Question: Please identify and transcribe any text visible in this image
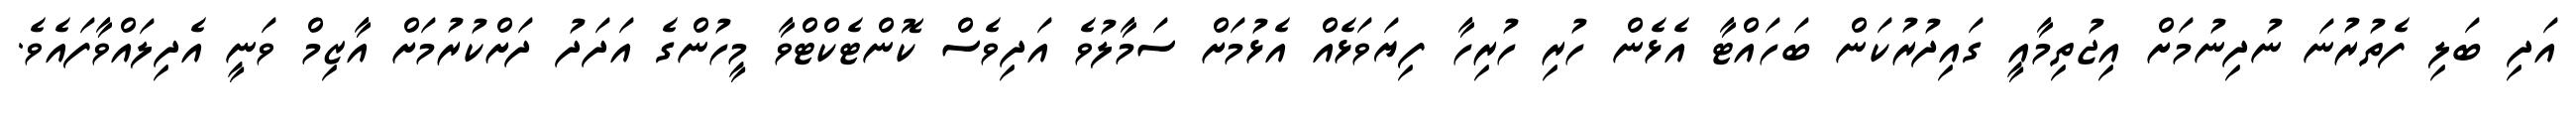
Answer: އަދި ބަލި ފެތުރުނަ ނުދިނުމަށް އިޖުތިމާއީ ގައިދުރުކަން ބަހައްޓާ އެޅެން ހުރި ހުރިހާ ފިޔަވަޅެއް އެޅުމަށް ސަމާލުވެ އަދިވެސް ކޮންޓެކްޓްވާ މީހުންގެ އަދަދު ދަށްކުރުމަށް އާޒިމް ވަނީ އެދިލައްވާފައެވެ.